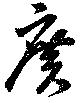
広